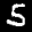
Label: 5